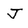
Character: J